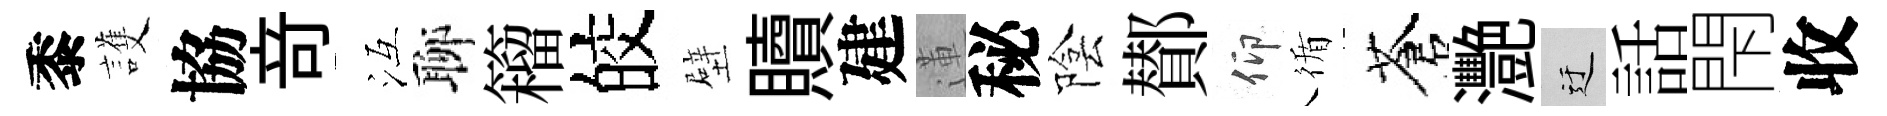
黍護協竒冱聊籕皎壁贖建蓮秘陰鄼仰循蒼灧迂話閇收